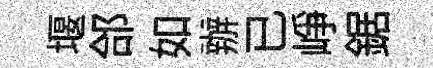
堰郃如辦已峥鋸